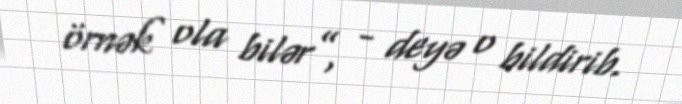
örnək ola bilər”, - deyə o bildirib.